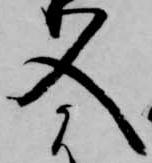
入